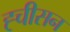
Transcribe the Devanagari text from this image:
ह्चीसन